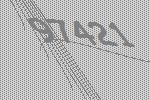
97421